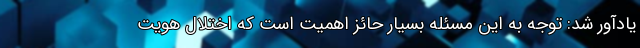
یادآور شد: توجه به این مسئله بسیار حائز اهمیت است که اختلال هویت